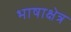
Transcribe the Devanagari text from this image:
भाषाक्षेत्र